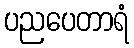
ပညပေတာရံ